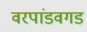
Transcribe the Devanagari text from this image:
वरपांडवगड